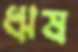
ঋষ